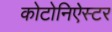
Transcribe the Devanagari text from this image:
कोटोनिऐस्टर